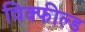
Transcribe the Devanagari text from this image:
विक्फील्ड